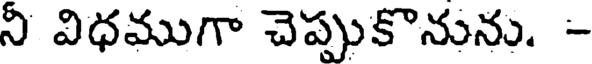
నీ విధముగా చెప్పుకొనును. -